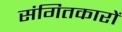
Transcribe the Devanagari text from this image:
संगितकारों